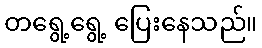
တရွေ့ရွေ့ ပြေးနေသည်။